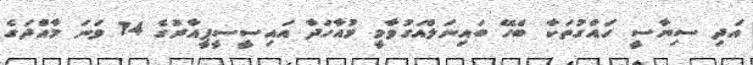
އަދި ސިޔާސީ ހައްގުތަކާ ބެހޭ ބައިނަލްއަގުވާމީ މުއާހަދާ އައިސީސީޕީއާރުގެ 14 ވަނަ މާއްދަގެ